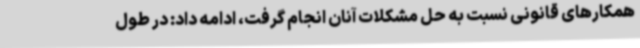
همکارهای قانونی نسبت به حل مشکلات آنان انجام گرفت، ادامه داد: در طول